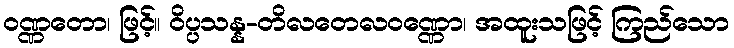
ဝဏ္ဏတော၊ ဖြင့်။ ဝိပ္ပသန္န-တိလတေလဝဏ္ဏော၊ အထူးသဖြင့် ကြည်သော